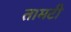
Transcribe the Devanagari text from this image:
तामटी